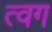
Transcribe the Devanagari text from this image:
त्वग